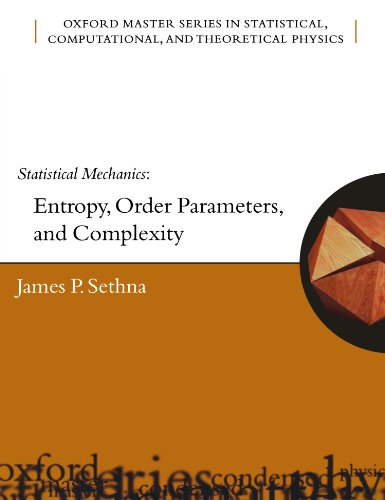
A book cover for Statistical Mechanics: Entropy, Order Parameters and Complexity (Oxford Master Series in Physics); James P. Sethna; Science & Math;